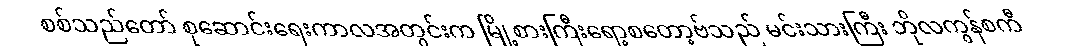
စစ်သည်တော် စုဆောင်းရေးကာလအတွင်းက မြို့စားကြီးရော့စတော့ဗ်သည် မင်းသားကြီး ဘိုလကွန်စကီ